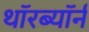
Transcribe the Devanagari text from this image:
थॉरब्यॉर्न